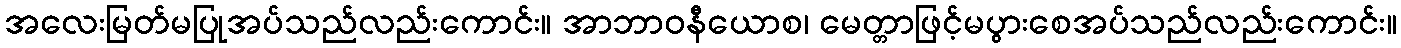
အလေးမြတ်မပြုအပ်သည်လည်းကောင်း။ အာဘာဝနီယောစ၊ မေတ္တာဖြင့်မပွားစေအပ်သည်လည်းကောင်း။